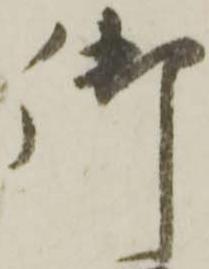
御